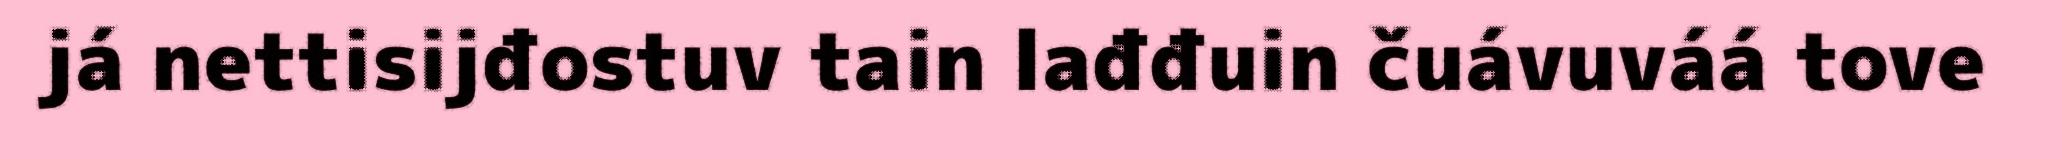
já nettisijđostuv tain lađđuin čuávuváá tove